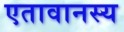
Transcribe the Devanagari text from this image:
एतावानस्य